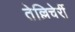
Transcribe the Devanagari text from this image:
तेल्लिचेर्री